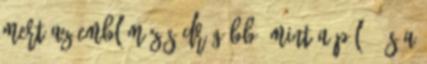
mert az emblémázás drágább, mint a póló, és a